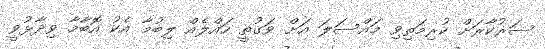
ސަރުކާރަށް ކުރިމަތިވި މައްސަލަ އަށް ވަގުތީ ހައްލެއް ލިބުމާ އެކު އޮބާމާ ވިދާޅުވީ